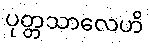
ပုတ္တသာလေဟိ